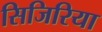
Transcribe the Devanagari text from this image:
सिजिरिया